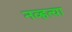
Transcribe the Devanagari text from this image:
नव्‍हत्‍या